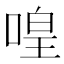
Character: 喤